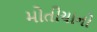
મોતીયાનો